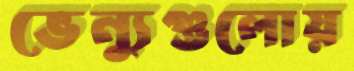
ভেন্যুগুলোয়